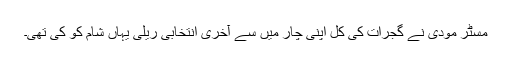
مسٹر مودی نے گجرات کی کل اپنی چار میں سے آخری انتخابی ریلی یہاں شام کو کی تھی۔